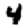
Digit: 4